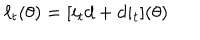
\ell _ { t } ( \theta ) = [ i _ { t } d + d i _ { t } ] ( \theta )